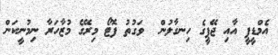
އެމްޑީޕީ އާއި ޖޭޕީގެ ހިނގާލުން  ވަގުތު ފޮޓޯ މިރޭގެ މުޒާހަރާ ނިމުނީކަން